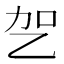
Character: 乫